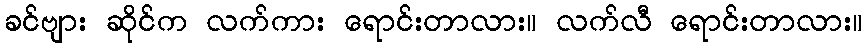
ခင်ဗျား ဆိုင်က လက်ကား ရောင်းတာလား။ လက်လီ ရောင်းတာလား။